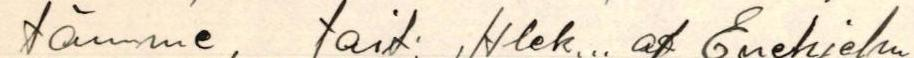
tämme, tait. Alek... af Enehjelm